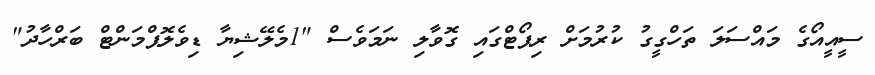
ސީއީއޯގެ މައްސަލަ ތަހްގީގު ކުރުމަށް ރިޕޯޓްގައި ގޮވާލި ނަމަވެސް "1މެލޭޝިޔާ ޑިވެލޮޕްމަންޓް ބަރްހާދު"